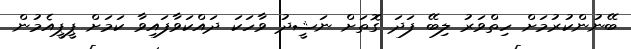
ބޭނުންކުރުމަށް ހިތްވަރު ލިބޭ ފަދަ ގޮތަށް ނަޝީދު ވާހަކަ ދައްކަވާފައިވާ ކަމަށް ޕީޕީއެމުން